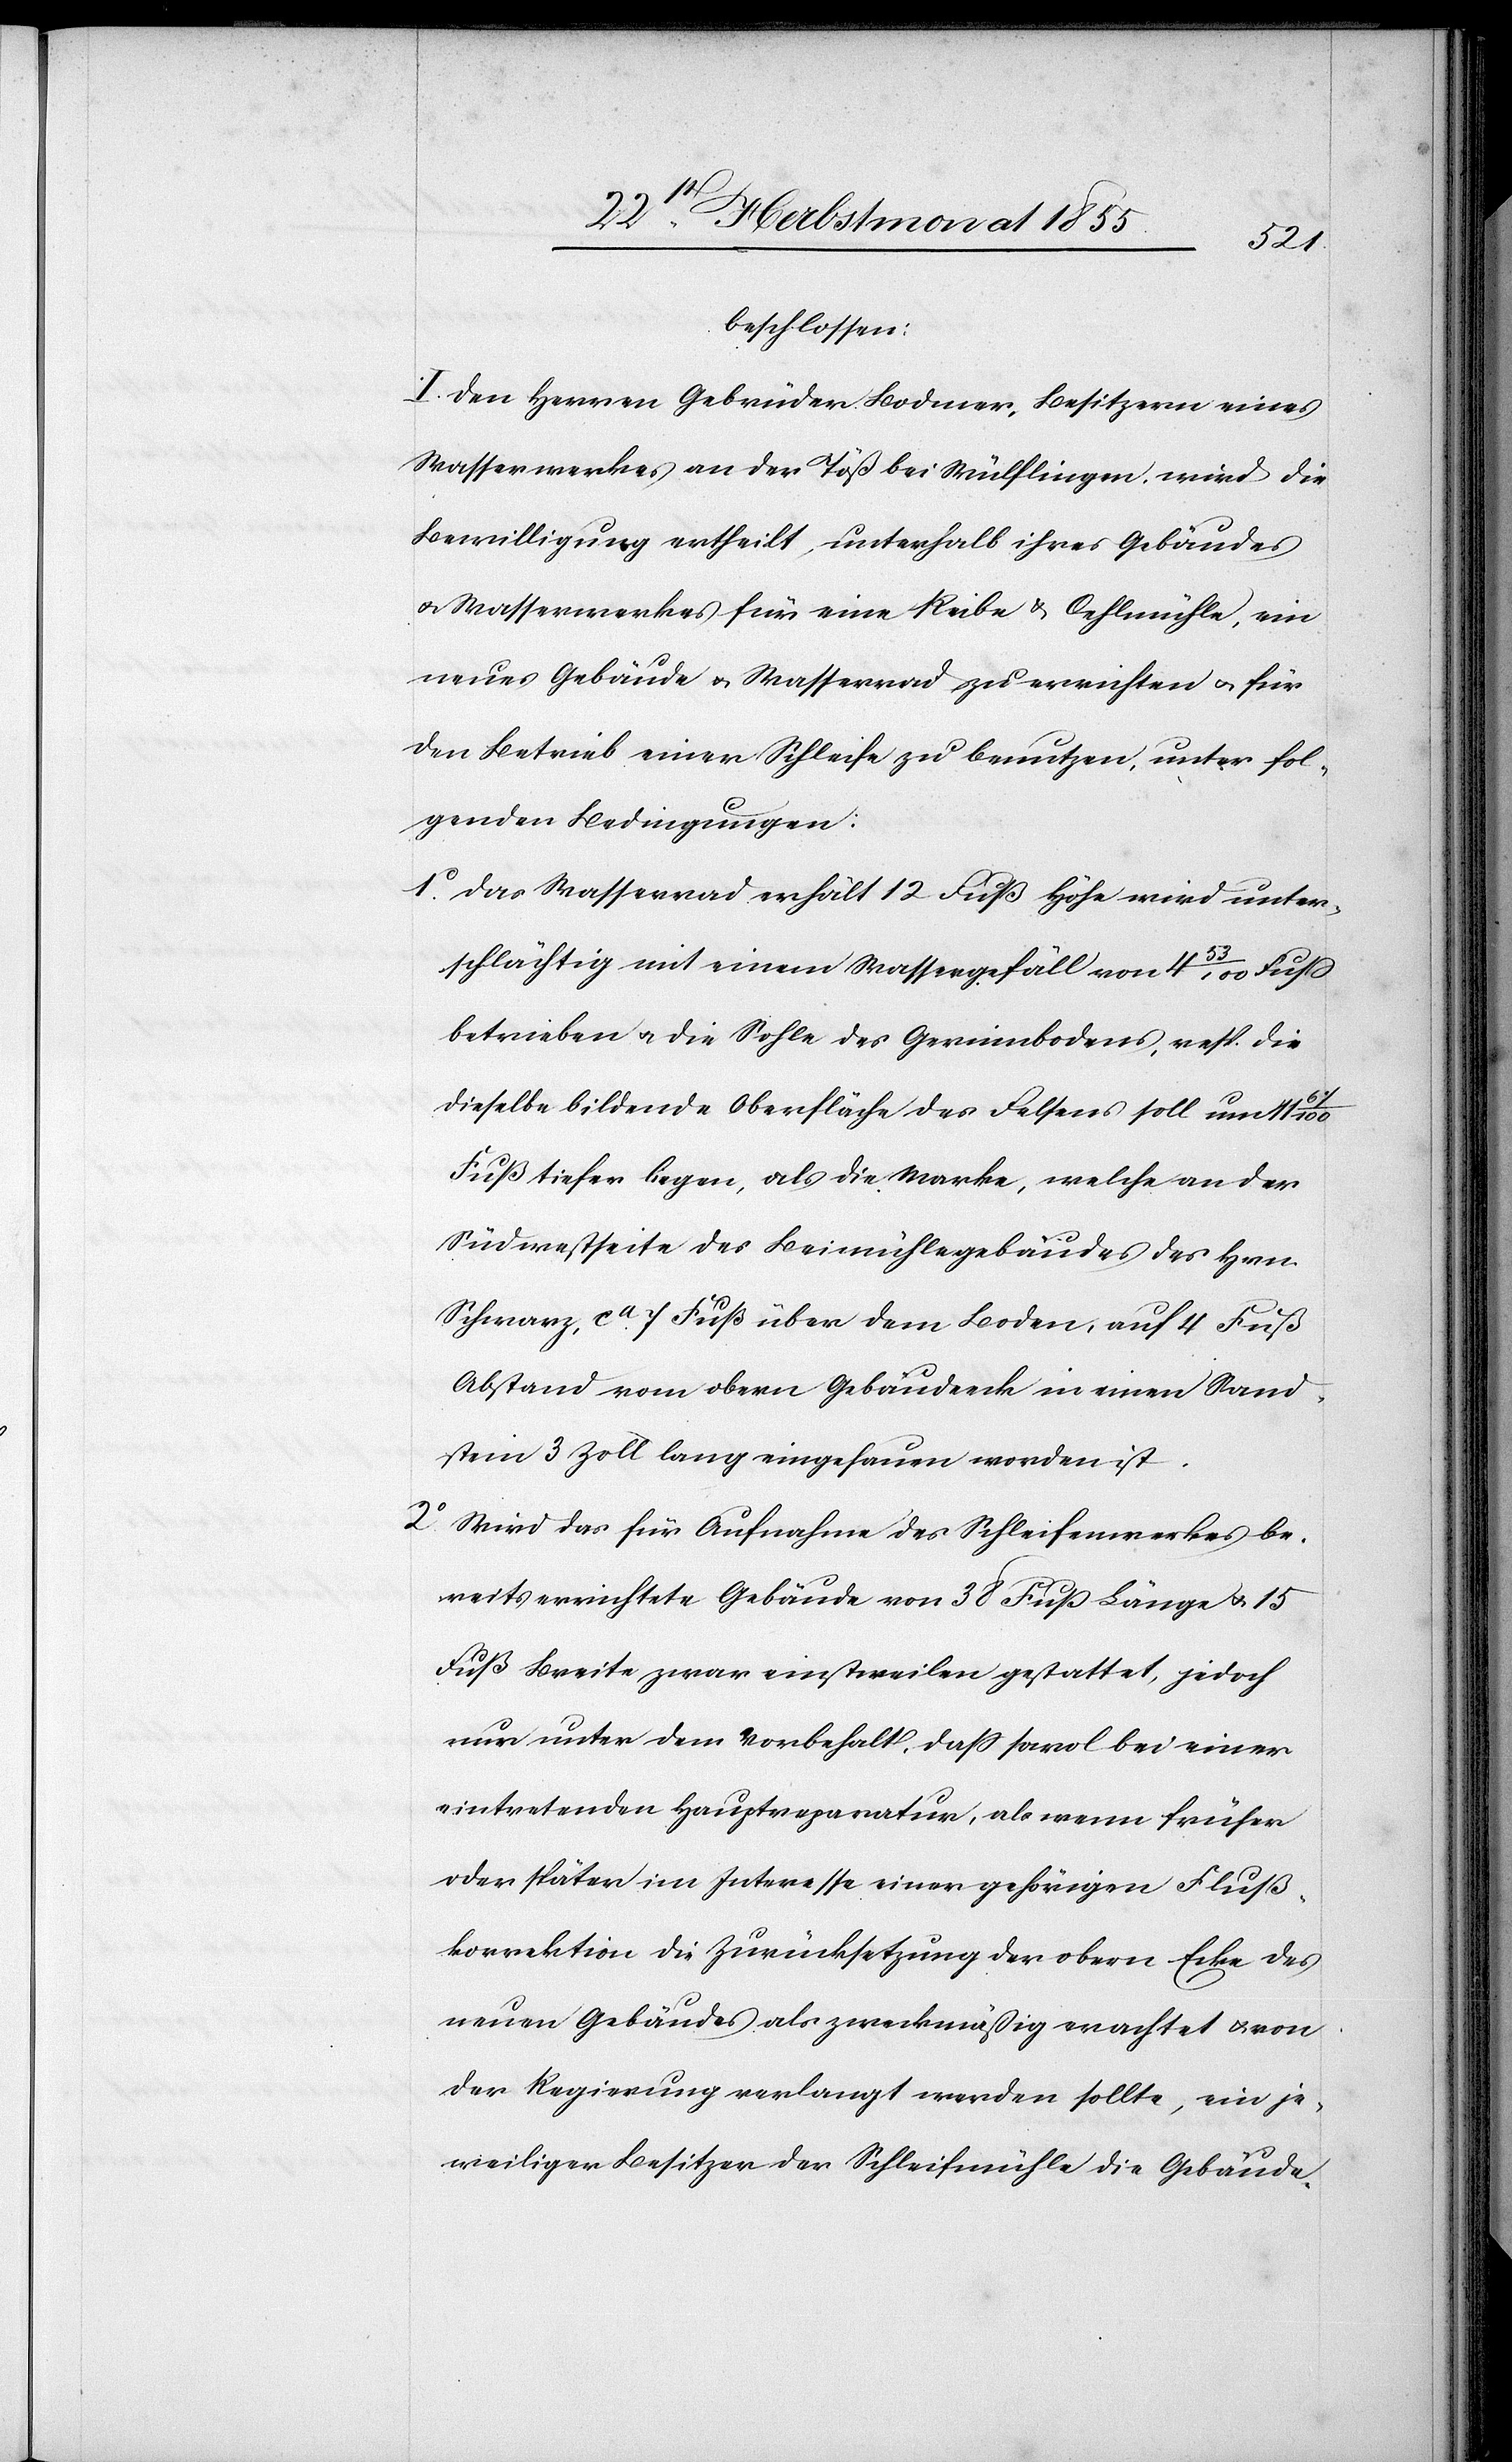
beschlossen:
I. Den Herren Gebrüder Bodmer, Besitzern eines
Wasserwerkes an der Töß bei Wülflingen, wird die
Bewilligung ertheilt, unterhalb ihres Gebäudes
& Wasserwerkes für eine Reibe & Oehlmühle, ein
neues Gebäude & Wasserrad zu errichten & für
den Betrieb einer Schleife zu benutzen, unter fol¬
genden Bedingungen:
Das Wasserrad erhält 12 Fuß Höhe wird unter¬
schlächtig mit einem Wassergefäll von 4 53/100 Fuß
betrieben & die Sohle des Gerinnbodens, resp. die
dieselbe bildende Oberfläche des Felsens soll um 11
Fuß tiefer liegen, als die Marke, welche an der
Südwestseite des Beimühlegebäudes des Hrn.
Schwarz, ca. 7 Fuß über dem Boden, auf 4 Fuß
Abstand vom obern Gebäudeeck in einen Sand¬
stein 3 Zoll lang eingehauen worden ist.
Wird das für Aufnahme des Schleifenwerkes be¬
reits errichtete Gebäude von 38 Fuß Länge & 15
Fuß Breite zwar einstweilen gestattet, jedoch
nur unter dem Vorbehalt, dass sowol bei einer
eintretenden Hauptreparatur, als wenn früher
oder später im Interesse einer gehörigen Fluß¬
korrektion die Zurücksetzung der obern Ecke des
neuen Gebäudes als zweckmäßig erachtet & von
der Regierung verlangt werden sollte, ein je¬
weiliger Besitzer der Schleifmühle die Gebäude-